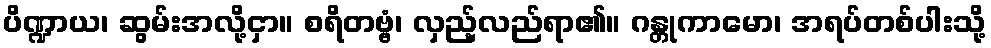
ပိဏ္ဍာယ၊ ဆွမ်းအလို့ငှာ။ စရိတဗ္ဗံ၊ လှည့်လည်ရာ၏။ ဂန္တုကာမော၊ အရပ်တစ်ပါးသို့